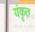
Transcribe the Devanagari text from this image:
यंकृत